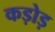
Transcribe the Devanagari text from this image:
कड़ोड़